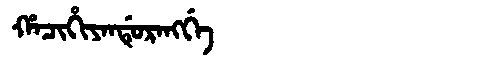
Manchu: ᡥᠠᠴᡳᡥᡳᠶᠠᠨᡩᡠᡵᠠᠩᡤᡝ
Romanization: HACIHIYANDURANGGE